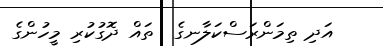
އަދި ތިމަންރަސްކަލާނގެ  ތައް ދޮގުކުރި މީހުންގެ